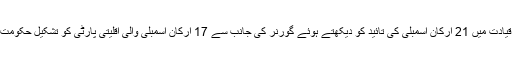
انہوں نے کہا کہ منوہر پریکر کی قیادت میں 21 ارکان اسمبلی کی تائید کو دیکھتے ہوئے گورنر کی جانب سے 17 ارکان اسمبلی والی اقلیتی پارٹی کو تشکیل حکومت کی دعوت نہیں دی جاسکتی تھی ۔